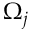
\Omega _ { j }